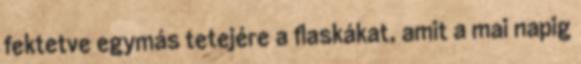
fektetve egymás tetejére a flaskákat, amit a mai napig